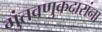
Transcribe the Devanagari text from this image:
गुंतवणुकदारांना